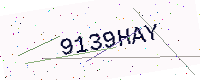
Text: 9139HAY